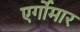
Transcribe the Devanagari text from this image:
एर्गोमार